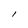
Character: I